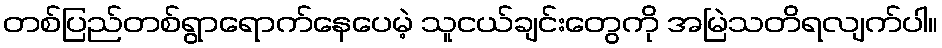
တစ်ပြည်တစ်ရွာရောက်နေပေမဲ့ သူငယ်ချင်းတွေကို အမြဲသတိရလျက်ပါ။